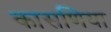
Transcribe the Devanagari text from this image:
कासणिया